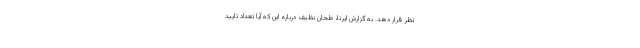
نظر قرار دهد. به گزارش ایرنا، طحان نظیف درباره این که آیا تعداد تایید